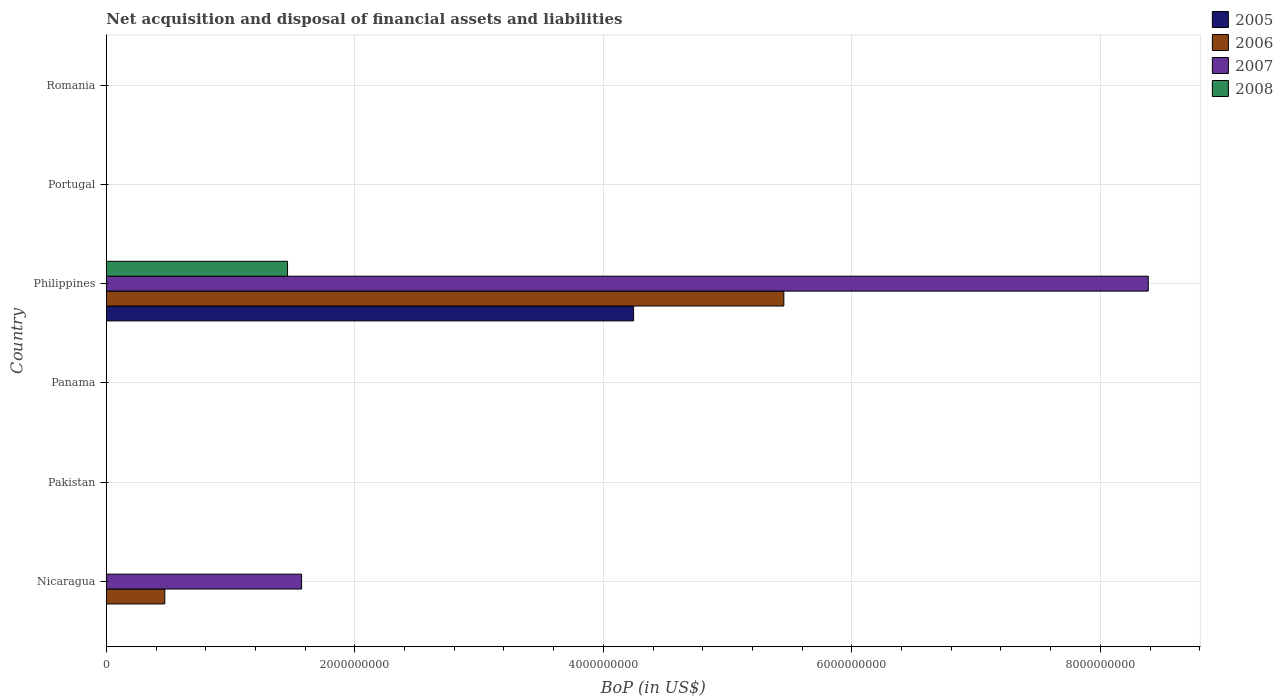
| Country | 2005 | 2006 | 2007 | 2008 |
 | --- | --- | --- | --- | --- |
 | Nicaragua | -3.69e+08 | 4.71e+08 | 1.57e+09 | -1e+09 |
 | Pakistan | -3.61e+09 | -5.86e+09 | -8.09e+09 | -1.56e+10 |
 | Panama | -1.37e+09 | -2.92e+08 | -1.84e+09 | -2.13e+09 |
 | Philippines | 4.24e+09 | 5.45e+09 | 8.39e+09 | 1.46e+09 |
 | Portugal | -1.73e+10 | -1.95e+10 | -2.13e+10 | -2.82e+10 |
 | Romania | -7.16e+09 | -1.23e+10 | -2.33e+10 | -2.49e+10 |